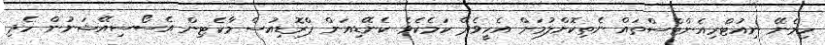
ހިމެނޭ ނިއުޓްރިއެންޓްސްތައް ނެތިކޮށްލުމަށް އެހީވެދޭ ކަމެކެވެ. ކެނޭޑިއަން ޕްރޮޑިއުސް މާކެޓިން އެސޯސިއޭޝަނުން ހެދި